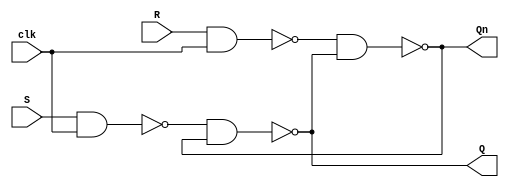
module SR_FlipFlop(S,R,clk,Q,Qn);    
 input S,R;
 input clk;
 output Q,Qn;

 wire S,R;
 wire clk;
 wire Q,Qn;
  
  nand gate1 (w1,S,clk);
  nand gate2 (w2,R,clk);
  nand gate3 (Q,w1,Qn);
  nand gate4 (Qn,w2,Q);
 
endmodule